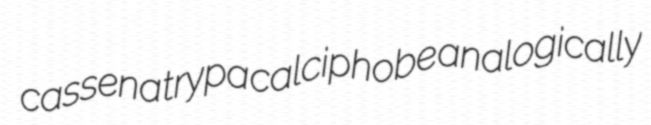
cassena trypa calciphobe analogically